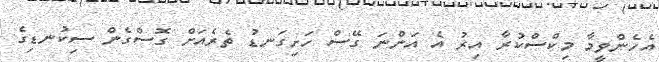
އެހެންވީމާ މިކްސްކުރާ އިރު އެ އަންނަ ގޭސް ހަށިގަނޑު ތެރެއަށް ގޮސްގެން ސިކުނޑިގެ